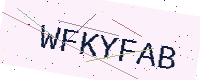
Text: WFKYFAB